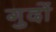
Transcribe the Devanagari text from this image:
गुदों